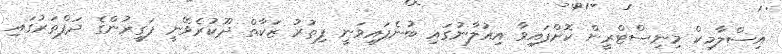
އިސްލާމިކް މިނިސްޓްރީން ކޮށްފައިވާ އިއުލާނުގައި ބުނެފައިވަނީ ފިތުރު ޒަކާތް ދޫކުރެވޭނީ ފަގީރުންގެ ދަފްތަރުގައި